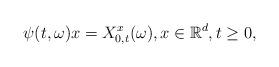
LaTeX: \begin{align*}\psi(t,\omega)x=X^x_{0,t}(\omega),x\in\mathbb{R}^d, t\geq 0,\end{align*}